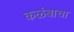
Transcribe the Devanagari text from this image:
कळंबाचा